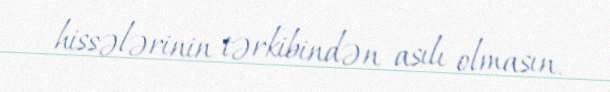
hissələrinin tərkibindən asılı olmasın.